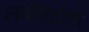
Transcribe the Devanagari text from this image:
लबोरेटोरी